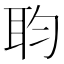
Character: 𮶏